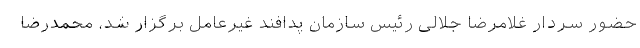
حضور سردار غلامرضا جلالی رئیس سازمان پدافند غیرعامل برگزار شد، محمدرضا